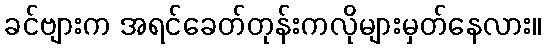
ခင်ဗျားက အရင်ခေတ်တုန်းကလိုများမှတ်နေလား။